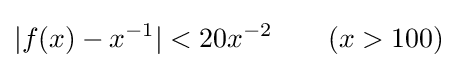
|f(x)-x^{-1}|<20x^{-2}\qquad (x>100)